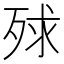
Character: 殏